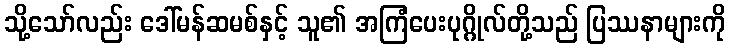
သို့သော်လည်း ဒေါ်မန်ဆမစ်နှင့် သူ၏ အကြံပေးပုဂ္ဂိုလ်တို့သည် ပြဿနာများကို